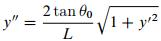
\[y'' = \frac{2 \tan \theta_0}{L} \sqrt{1 + y'^2}\]